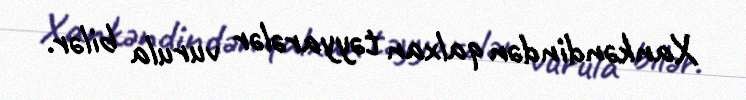
Xankəndindən qalxan təyyarələr vurula bilər.